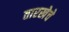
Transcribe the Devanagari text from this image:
तारखेचे